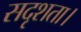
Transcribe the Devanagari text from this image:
सदृशता।